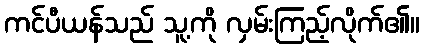
ကင်ပီယန်သည် သူ့ကို လှမ်းကြည့်လိုက်၏။